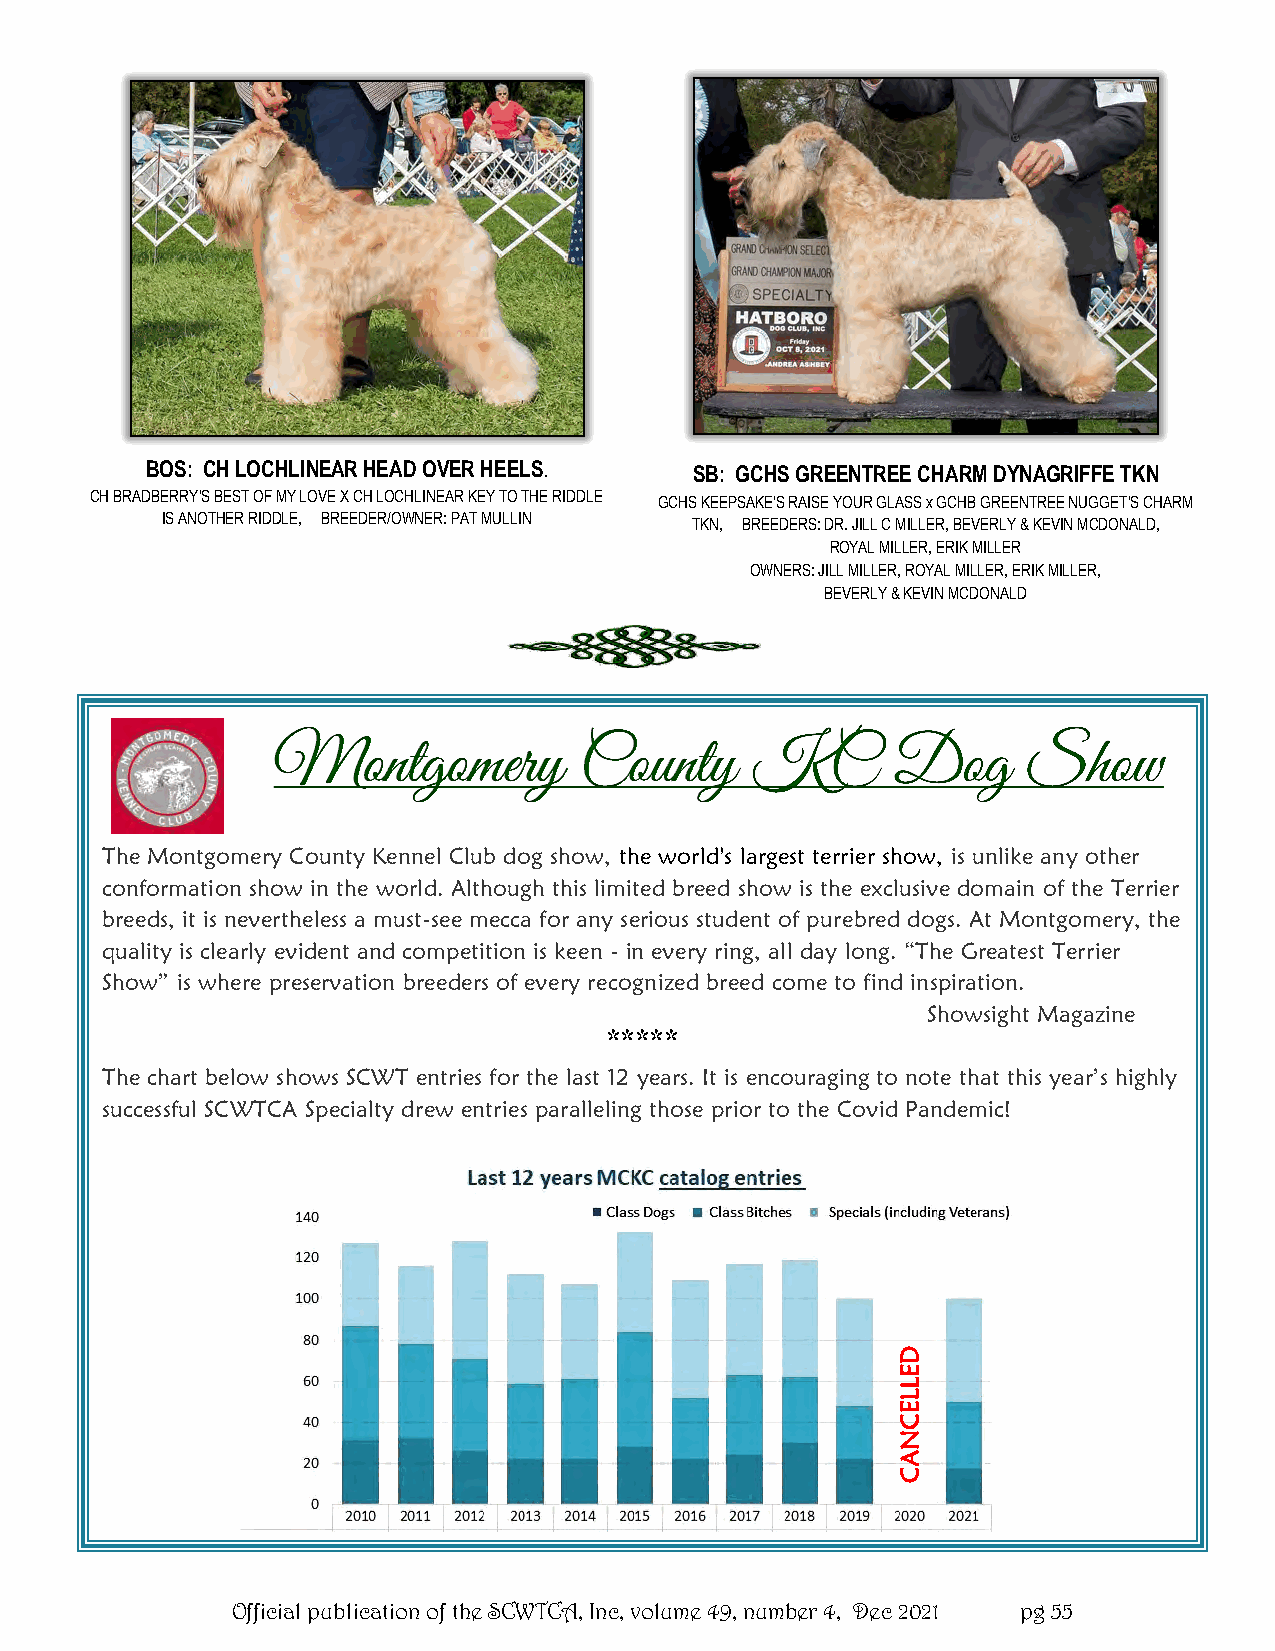
BOS: CH LOCHLINEAR HEAD OVER HEELS. S B : G C H S G R E E N T R E E CHARM DYNAGRIFFE TKN
 CH BRADBERRY'S BEST OF MY LOVE X CH LOCHLINEAR KEY TO THE RIDDLE GCHS KEEPSAKE'S RAISE YOUR GLASS x GCHB GREENTREE NUGGET'S CHARM
 IS ANOTHER RIDDLE, BREEDER/OWNER: PAT MULLIN TKN, BREEDERS: DR. JILL C MILLER, BEVERLY & KEVIN MCDONALD,
 ROYAL MILLER, ERIK MILLER
 OWNERS: JILL MILLER, ROYAL MILLER, ERIK MILLER,
 BEVERLY & KEVIN MCDONALD
 Montgomery          County      KC       Dog      Show
 The Montgomery County Kennel Club dog show, the world's largest terrier show, is unlike any other
 conformation show in the world. Although this limited breed show is the exclusive domain of the Terrier
 breeds, it is nevertheless a must-see mecca for any serious student of purebred dogs. At Montgomery, the
 quality is clearly evident and competition is keen - in every ring, all day long. “The Greatest Terrier
 Show” is where preservation breeders of every recognized breed come to find inspiration.
 Showsight Magazine
 *****
 The chart below shows SCWT entries for the last 12 years. It is encouraging to note that this year’s highly
 successful SCWTCA Specialty drew entries paralleling those prior to the Covid Pandemic!
 Official publication of the SCWTCA, Inc, volume 49, number 4, Dec 2021 pg 55
 DELLECNAC